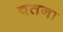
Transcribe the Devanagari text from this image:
वतना